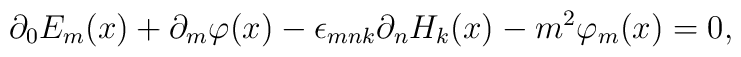
\partial _0 E_m(x)+\partial _m \varphi (x)-\epsilon_{mnk}\partial_n H_k (x) -m^2\varphi _m (x)=0 ,